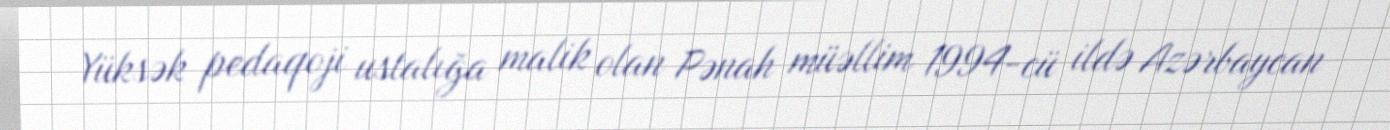
Yüksək pedaqoji ustalığa malik olan Pənah müəllim 1994-cü ildə Azərbaycan